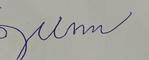
Signature authenticity: forged